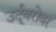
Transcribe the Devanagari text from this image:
उर्दूबरोबर